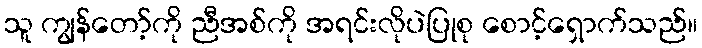
သူ ကျွန်တော့်ကို ညီအစ်ကို အရင်းလိုပဲပြုစု စောင့်ရှောက်သည်။